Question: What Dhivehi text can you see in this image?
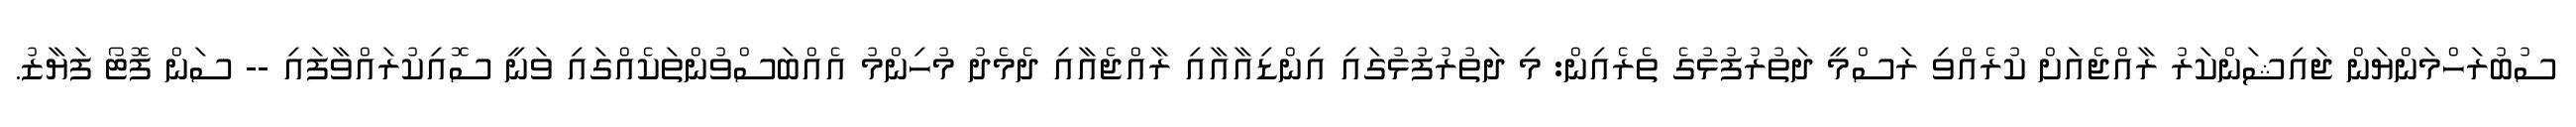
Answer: ސުބުރަހްމަންޔަން ޖައިޝަންކަރު ރާއްޖެއަށް ކުރެއްވި ރަސްމީ ދަތުރުފުޅުގެ ތެރެއިން: މި ދަތުރުފުޅުގައި އިންޑިއާއާއި ރާއްޖެއާއި ދެމެދު މުހިންމު އެއްބަސްވުންތަކެއްގައި ވަނީ ސޮއިކުރައްވާފައި -- ސަން ފޮޓޯ ފަޔާޒު.